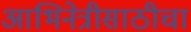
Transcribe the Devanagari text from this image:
आभिनेत्रीसाठीचा